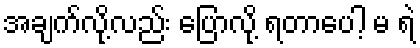
အချက်လို့လည်း ပြောလို့ ရတာပေါ့ မ ရဲ